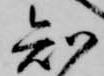
知